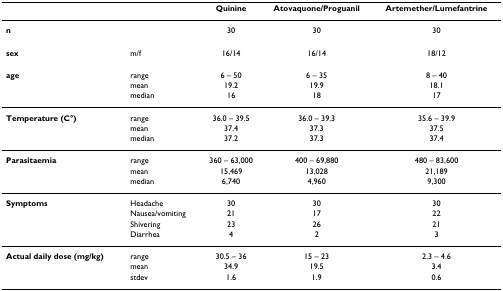
<table><thead><tr><td></td><td></td><td><b>Quinine</b></td><td><b>Atovaquone/Proguanil</b></td><td><b>Artemether/Lumefantrine</b></td></tr></thead><tbody><tr><td><b>n</b></td><td></td><td>30</td><td>30</td><td>30</td></tr><tr><td><b>sex</b></td><td>m/f</td><td>16/14</td><td>16/14</td><td>18/12</td></tr><tr><td><b>age</b></td><td>range</td><td>6 – 50</td><td>6 – 35</td><td>8 – 40</td></tr><tr><td></td><td>mean</td><td>19.2</td><td>19.9</td><td>18.1</td></tr><tr><td></td><td>median</td><td>16</td><td>18</td><td>17</td></tr><tr><td><b>Temperature (C°)</b></td><td>range</td><td>36.0 – 39.5</td><td>36.0 – 39.3</td><td>35.6 – 39.9</td></tr><tr><td></td><td>mean</td><td>37.4</td><td>37.3</td><td>37.5</td></tr><tr><td></td><td>median</td><td>37.2</td><td>37.3</td><td>37.4</td></tr><tr><td><b>Parasitaemia</b></td><td>range</td><td>360 – 63,000</td><td>400 – 69,880</td><td>480 – 83,600</td></tr><tr><td></td><td>mean</td><td>15,469</td><td>13,028</td><td>21,189</td></tr><tr><td></td><td>median</td><td>6,740</td><td>4,960</td><td>9,300</td></tr><tr><td><b>Symptoms</b></td><td>Headache</td><td>30</td><td>30</td><td>30</td></tr><tr><td></td><td>Nausea/vomiting</td><td>21</td><td>17</td><td>22</td></tr><tr><td></td><td>Shivering</td><td>23</td><td>26</td><td>21</td></tr><tr><td></td><td>Diarrhea</td><td>4</td><td>2</td><td>3</td></tr><tr><td><b>Actual daily dose (mg/kg)</b></td><td>range</td><td>30.5 – 36</td><td>15 – 23</td><td>2.3 – 4.6</td></tr><tr><td></td><td>mean</td><td>34.9</td><td>19.5</td><td>3.4</td></tr><tr><td></td><td>stdev</td><td>1.6</td><td>1.9</td><td>0.6</td></tr></tbody></table>